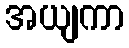
အယျကာ